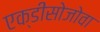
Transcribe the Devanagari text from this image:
एक्डीसोजोवा